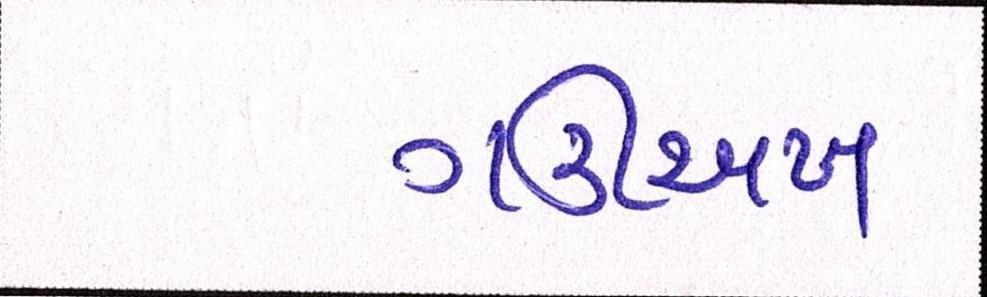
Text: ગઊઅખ